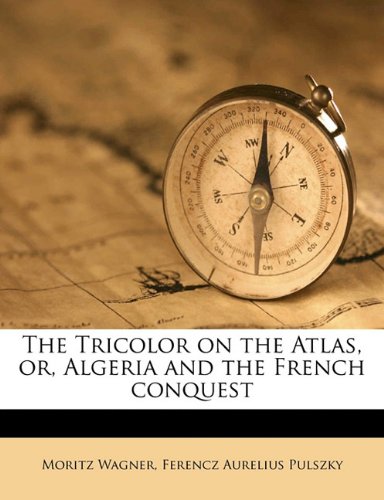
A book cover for The Tricolor on the Atlas, or, Algeria and the French conquest; Moritz Wagner; Travel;